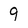
Character: 9